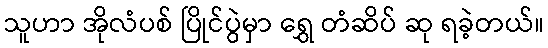
သူဟာ အိုလံပစ် ပြိုင်ပွဲမှာ ရွှေ တံဆိပ် ဆု ရခဲ့တယ်။